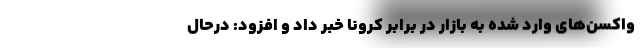
واکسن‌های وارد شده به بازار در برابر کرونا خبر داد و افزود: درحال